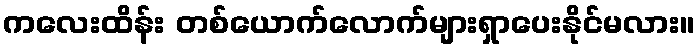
ကလေးထိန်း တစ်ယောက်လောက်များရှာပေးနိုင်မလား။